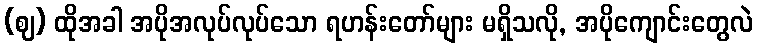
(ဈ) ထိုအခါ အပိုအလုပ်လုပ်သော ရဟန်းတော်များ မရှိသလို, အပိုကျောင်းတွေလဲ